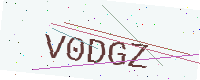
Text: V0DGZ